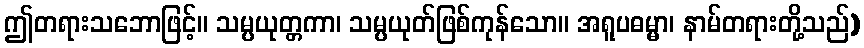
ဤတရားသဘောဖြင့်။ သမ္ပယုတ္တကာ၊ သမ္ပယုတ်ဖြစ်ကုန်သော။ အရူပဓမ္မာ၊ နာမ်တရားတို့သည်)